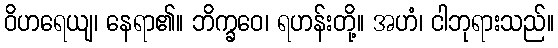
ဝိဟရေယျ၊ နေရာ၏။ ဘိက္ခဝေ၊ ရဟန်းတို့။ အဟံ၊ ငါဘုရားသည်။